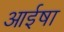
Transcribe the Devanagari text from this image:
आईषा